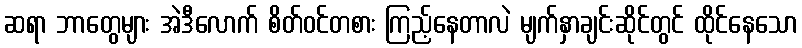
ဆရာ ဘာတွေများ အဲဒီလောက် စိတ်ဝင်တစား ကြည့်နေတာလဲ မျက်နှာချင်းဆိုင်တွင် ထိုင်နေသော